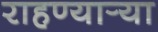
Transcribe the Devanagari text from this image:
राहण्यार्‍या